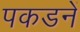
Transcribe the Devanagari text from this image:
पकडनें